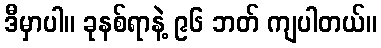
ဒီမှာပါ။ ခုနစ်ရာနဲ့ ၉၆ ဘတ် ကျပါတယ်။